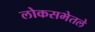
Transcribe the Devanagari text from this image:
लोकसभेतले